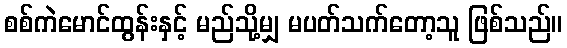
စစ်ကဲမောင်ထွန်းနှင့် မည်သို့မျှ မပတ်သက်တော့သူ ဖြစ်သည်။